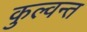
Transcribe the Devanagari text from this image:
कुल्वन्त